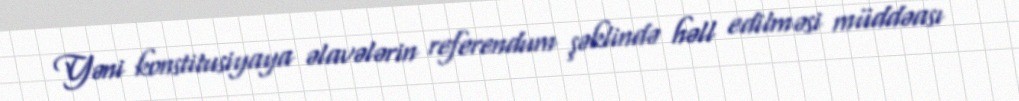
Yəni konstitusiyaya əlavələrin referendum şəklində həll edilməsi müddəası